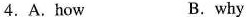
4.A.How B.why